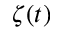
\zeta ( t )